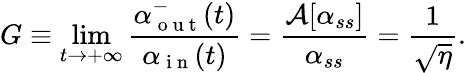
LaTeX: G\equiv\operatorname*{lim}_{t\to+\infty}\frac{\alpha_{\mathrm{~o~u~t~}}^{-}(t)}{\alpha_{\mathrm{~i~n~}}(t)}=\frac{\mathcal{A}[\alpha_{ss}]}{\alpha_{ss}}=\frac{1}{\sqrt{\eta}}.